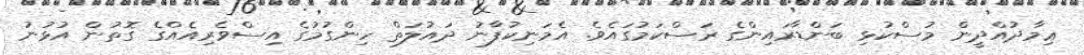
ޢިމާދުއްދީން މުސްކުޅި ބަންޑާރައިންގެ ރަސްކަމުގައެވެ. އެމަނިކުފާނު ދައުލަތް ހިންގުމުގެ އިސްވެރިއެއްގެ ގޮތުން އުޅުނު